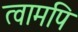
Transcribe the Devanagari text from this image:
त्वामपि